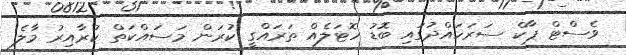
ވެސްޓް ޕާކް ސަރަހައްދުގައި ބޮޑު ހޮޓަލެއް ތަރައްގީ ކުރަން މަސައްކަތް ކުރާއިރު މާލެ